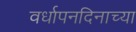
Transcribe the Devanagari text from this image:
वर्धापनदिनाच्या